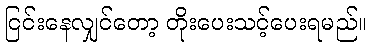
ငြင်းနေလျှင်တော့ တိုးပေးသင့်ပေးရမည်။